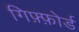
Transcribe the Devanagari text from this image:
गिफ़्फ़ोर्ड